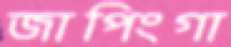
জাপিংগা